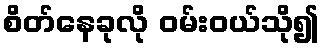
စိတ်နေခုလို ဝမ်းဝယ်သို၍